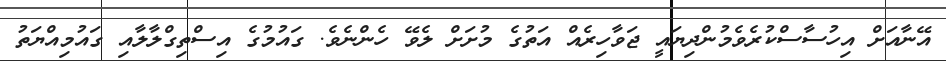
އޭނާއަށް އިހުސާސްކުރެވެމުންދިޔައީ ޖަވާހިރެއް އަތުގެ މުށަށް ލެވޭ ހެންނެވެ. ގައުމުގެ އިސްތިގްލާލާއި ގައުމިއްޔަތު